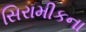
સિરામીકના